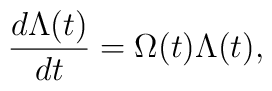
\frac{d\Lambda (t)}{dt}=\Omega (t)\Lambda (t),